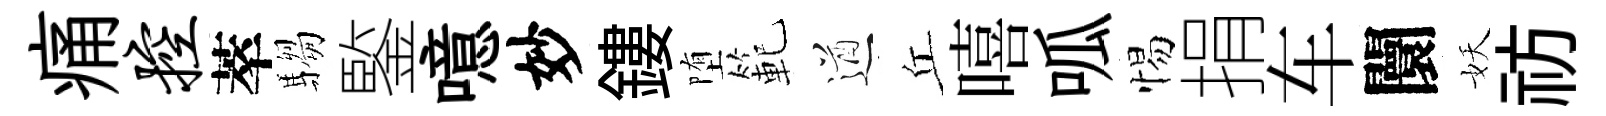
痛控萃騶鍳噫妙鏤堕範遒丘嘻呱惕捐车闤妖祊